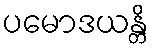
ပမောဒယန္တိ